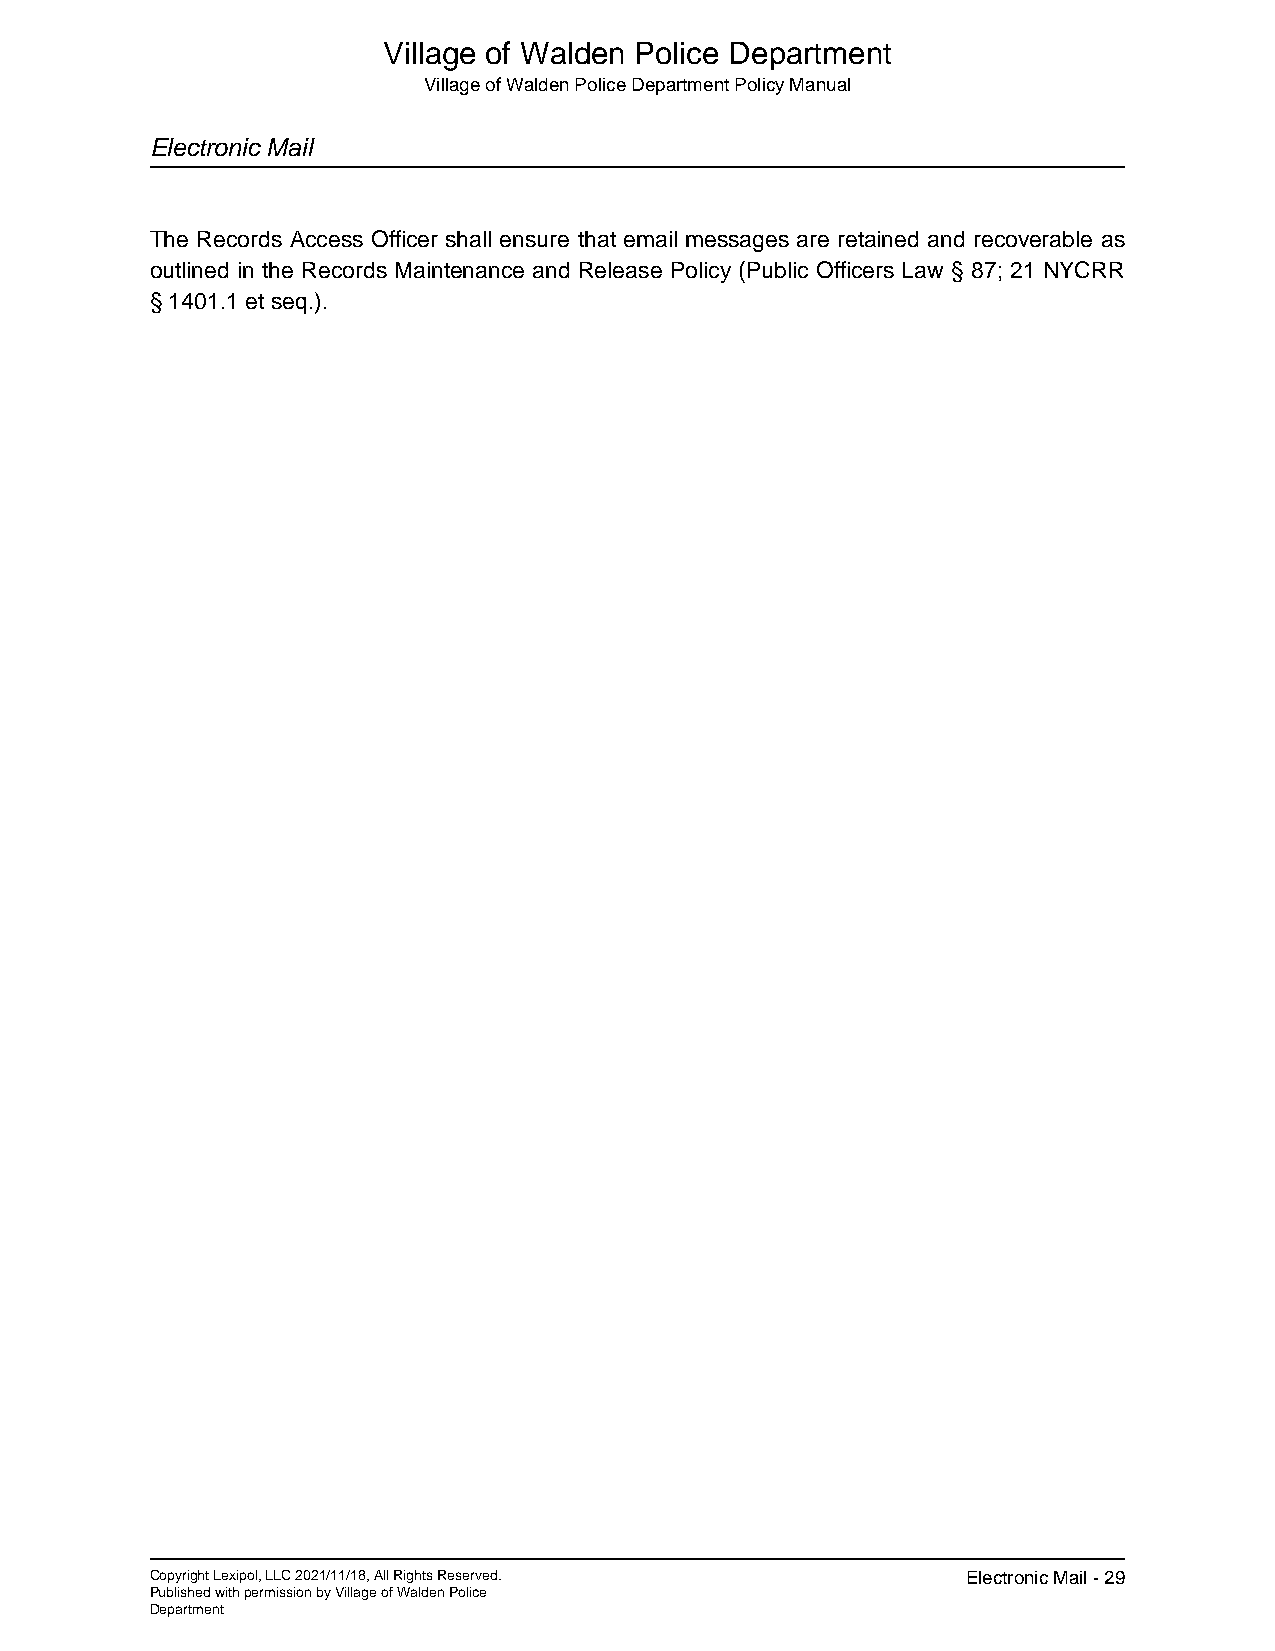
Village of Walden Police Department
 Village of Walden Police Department Policy Manual
 Electronic Mail
 The Records Access Officer shall ensure that email messages are retained and recoverable as
 outlined in the Records Maintenance and Release Policy (Public Officers Law § 87; 21 NYCRR
 § 1401.1 et seq.).
 Copyright Lexipol, LLC 2021/11/18, All Rights Reserved. Electronic Mail - 29
 Published with permission by Village of Walden Police
 Department